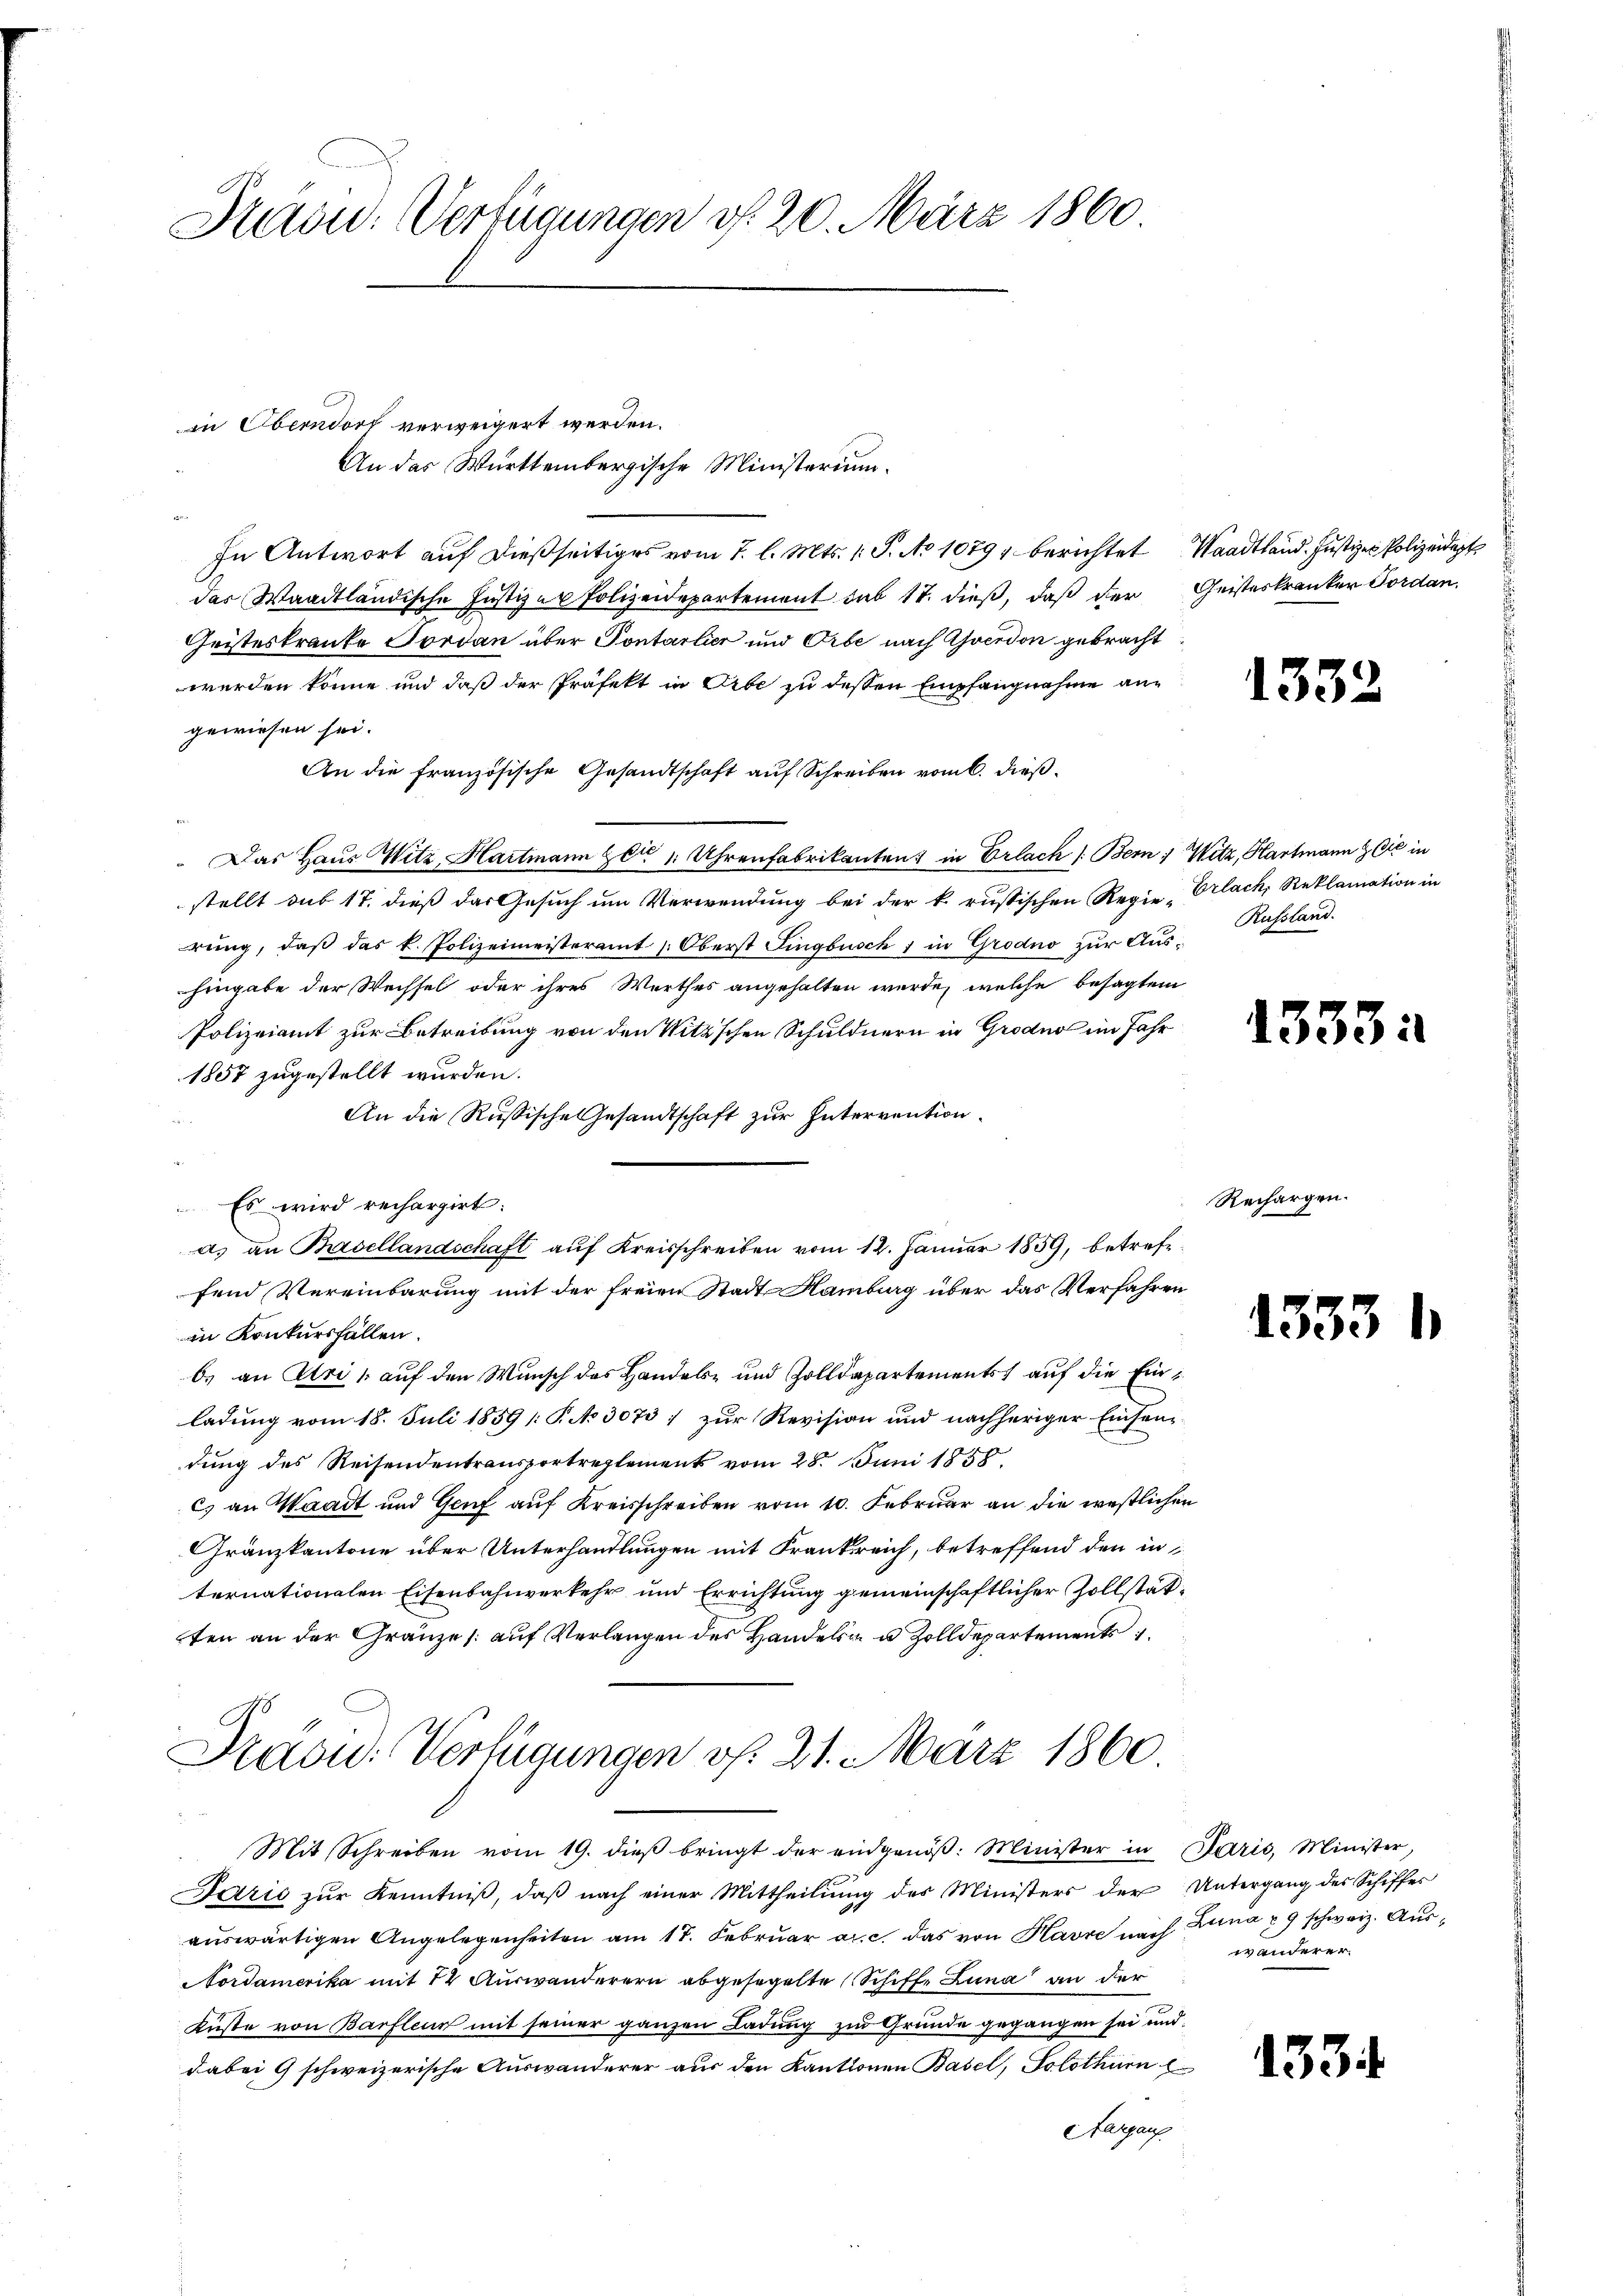
Pron. Verfügungen d. 20. März 1860.

in Oberndorf verweigert werden.
In Antwort auf dießseitiges vom 7. l. Mts. 1. P. No 1079, berichtet Waadtland. Justizen Polizeidigt
das Waadtländische Justizur Polizeidepartement sub 17. dieß, daß der Geisteskranker Forden.
Geisteskranke Jordan über Pontarlier und Orbe nach verdon gebracht
werden könne und daß der Präfekt in Erbe zu dessen Empfangnahme angewiesen sei.
An die französische Gesandtschaft auf Schreiben vom 6. dieß
 Das Haus Witz Hartmann zur 1 Uhrenfabrikanten: in Erlach /: Bern, Witz, Hartmann die in
stellt sub 17. dieß das Gesuch um Verwendung bei der k. russischen Regie-Erlach, Reklamation in
rung, daß das k. Polizeimeisteramt Oberst Lingbusch 1 in Grodno zur Aushingabe der Wechsel oder ihres Werthes angehalten wurde, welche besagtem
Polizeiamt zur Betreibung von den Witz’schen Schuldnern in Grodno im Jahr
1857 zugestellt wurden.
An die Russische Gesandtschaft zur Intervention.
Es wird rechargirt:
a) an Basellandschaft auf Kreisschreiben vom 12. Januar 1859, betreffend Vereinbarung mit der freien Stadt- Hamburg über das Verfahren
in Konkursfällen.
b. an Uri, auf den Wunsch des Handels- und Zolldepartements auf die Einladung vom 18. Juli 1859 /: P. No 3073 :/ zur Revision und nachheriger Einsendung des Reisendentransportreglement vom 28. Juni 1858.
c) an Waadt und Genf auf Kreisschreiben vom 10. Februar an die westlichen
Gränzkantone über Unterhandlungen mit Frankreich, betreffend den in
ternationalen Eisenbahnverkehr und Errichtung gemeinschaftlicher Zollstätten an der Gränze /: auf Verlangen des Handelsa u. Zolldepartements

An das Württembergische Ministerium

Dradid: Verfügungen v. 21. März 1860.

Mit Schreiben vom 19. dieβ bringt der eidgenöβ: Minister in Paris, Minister,
Farić zur Kenntniß, daß nach einer Mittheilung des Ministers der Untergang des Schiffes
aŭswärtigen Angelegenheiten am 17. Februar a. c. das von Havre nach Lina u. 9 schweiz. Aus¬
Nordamerika mit 12 Auswanderern abgesegelte Schiff- Lina an der
Küste von Barfleur mit seiner ganzen Ladung zu Grunde gegangen sei und
dabei 9 schweizerische Auswanderer aus den Kantonen Basel, Solothurn
efargauf

Russland.

Recha

d

133.

1333

133

wänderer.

133

2